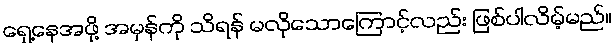
ရှေ့နေအဖို့ အမှန်ကို သိရန် မလိုသောကြောင့်လည်း ဖြစ်ပါလိမ့်မည်။